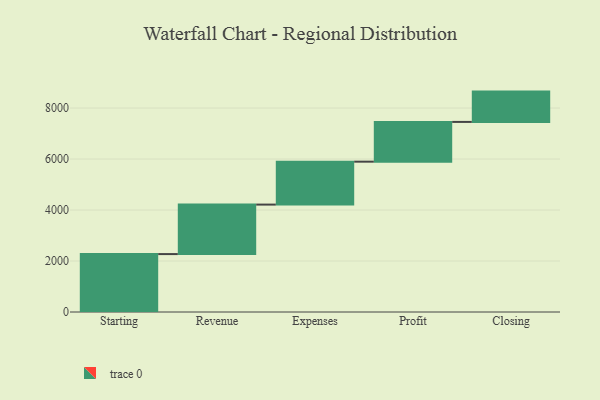
{"axis": {"x": "Step", "y": "Value"}, "legend": [""], "data": [{"x": "Starting", "y": 2272.0, "type": ""}, {"x": "Revenue", "y": 1941.0, "type": ""}, {"x": "Expenses", "y": 1684.0, "type": ""}, {"x": "Profit", "y": 1559.0, "type": ""}, {"x": "Closing", "y": 1189.0, "type": ""}]}